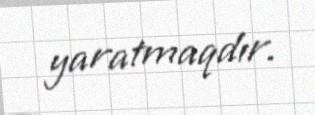
yaratmaqdır.